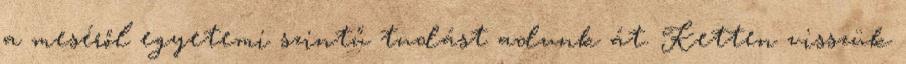
a meséről egyetemi szintű tudást adunk át. Ketten visszük